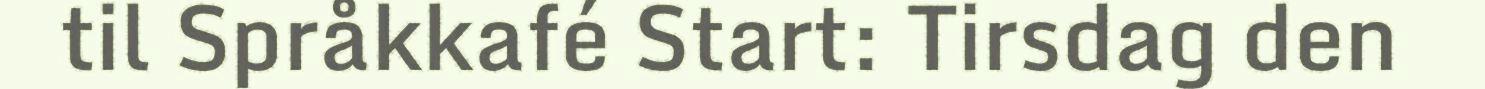
til Språkkafé Start: Tirsdag den